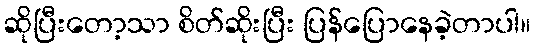
ဆိုပြီးတော့သာ စိတ်ဆိုးပြီး ပြန်ပြောနေခဲ့တာပါ။